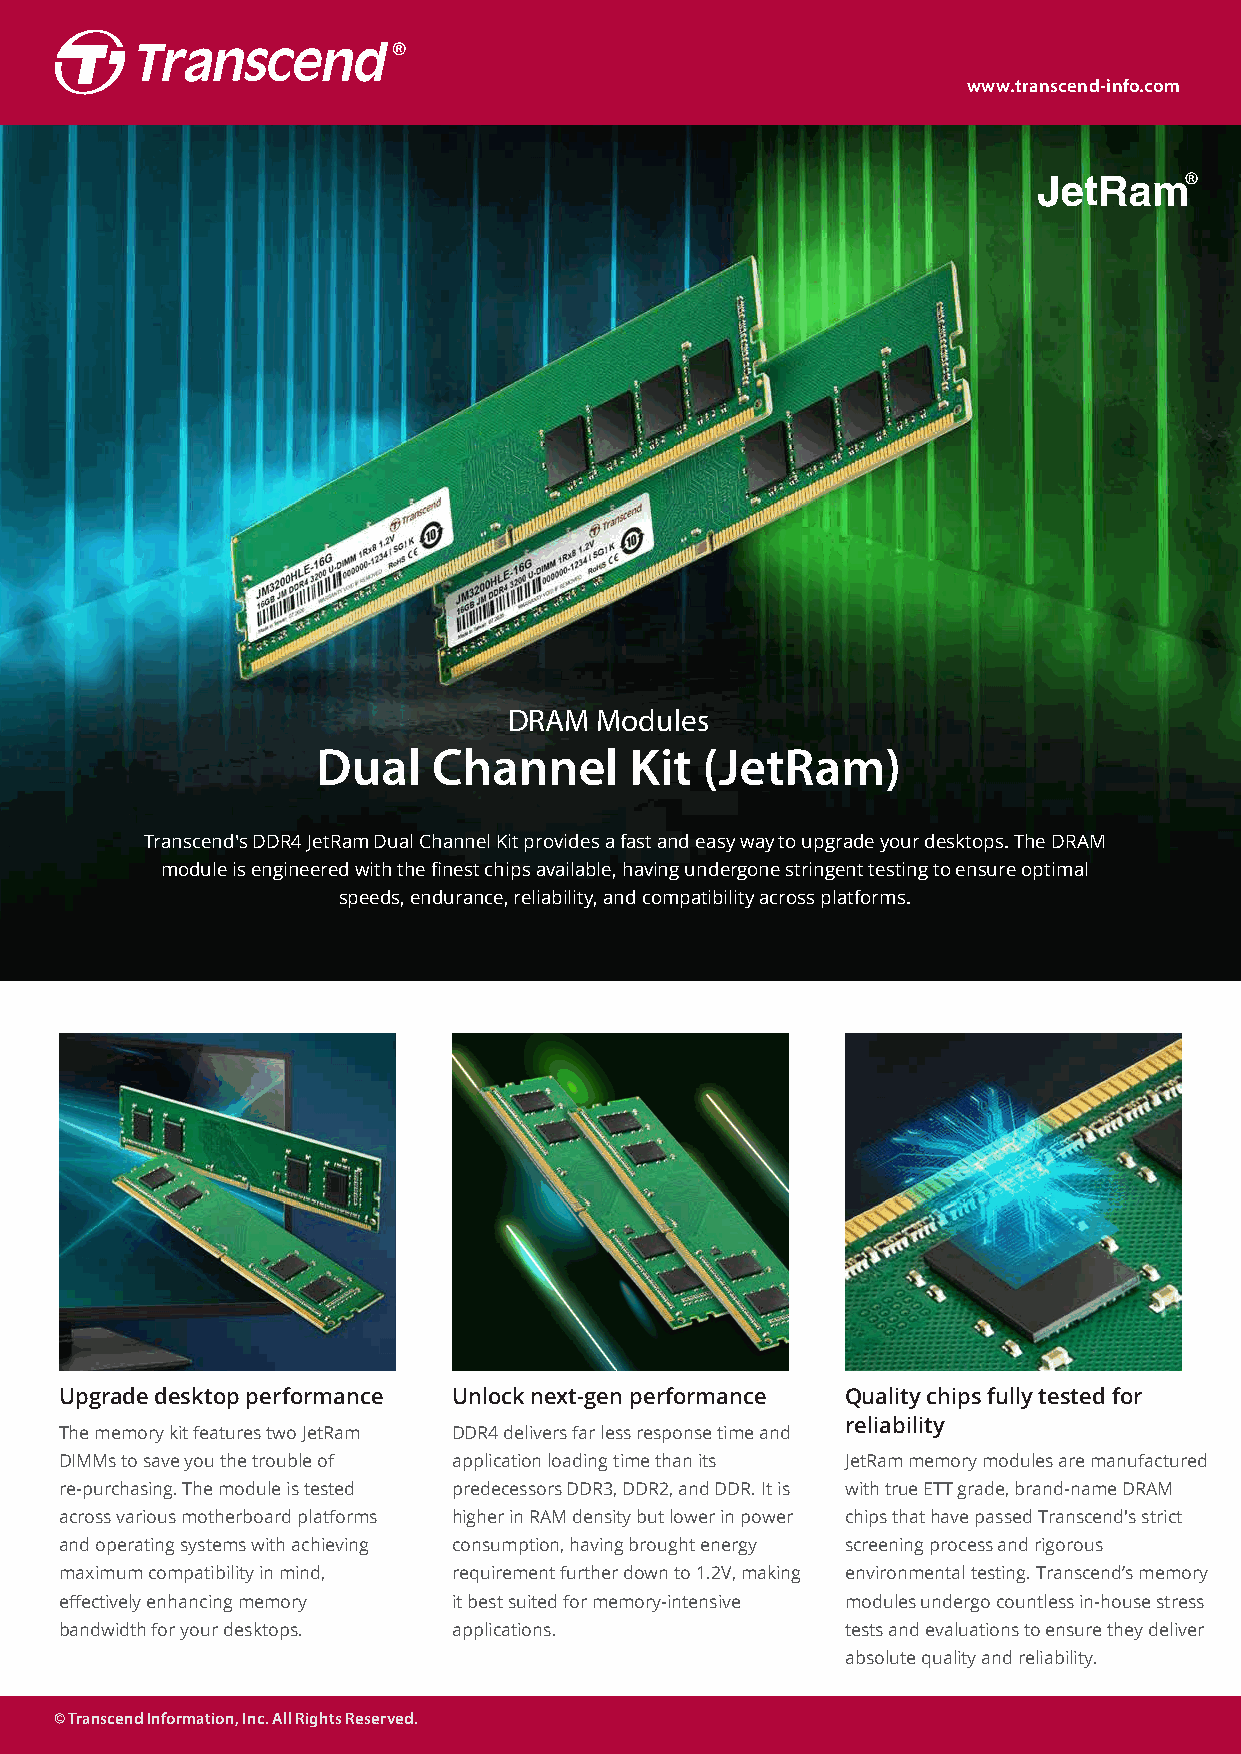
www.transcend-info.com
 產品正面照
 A+ features
 DRAM Modules
 Dual    Channel      Kit (JetRam)
 Transcend's DDR4 JetRam Dual Channel Kit provides a fast and easy way to upgrade your desktops. The DRAM
 Exclusive software
 module is engineered with the finest chips available, having undergone stringent testing to ensure optimal
 speeds, endurance, reliability, and compatibility across platforms.
 Upgrade desktop performance Unlock next-gen performance Quality chips fully tested for
 reliability
 The memory kit features two JetRam DDR4 delivers far less response time and
 DIMMs to save you the trouble of application loading time than its JetRam memory modules are manufactured
 re-purchasing. The module is tested predecessors DDR3, DDR2, and DDR. It is with true ETT grade, brand-name DRAM
 across various motherboard platforms higher in RAM density but lower in power chips that have passed Transcend's strict
 and operating systems with achieving consumption, having brought energy screening process and rigorous
 maximum compatibility in mind, requirement further down to 1.2V, making environmental testing. Transcend’s memory
 effectively enhancing memory it best suited for memory-intensive modules undergo countless in-house stress
 bandwidth for your desktops. applications.          tests and evaluations to ensure they deliver
 absolute quality and reliability.
 © Transcend Information, Inc. All Rights Reserved.